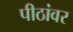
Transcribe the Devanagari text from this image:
पीठांवर